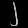
Digit: ၂